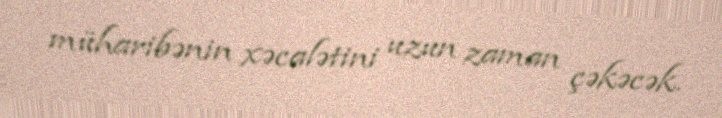
müharibənin xəcalətini uzun zaman çəkəcək.